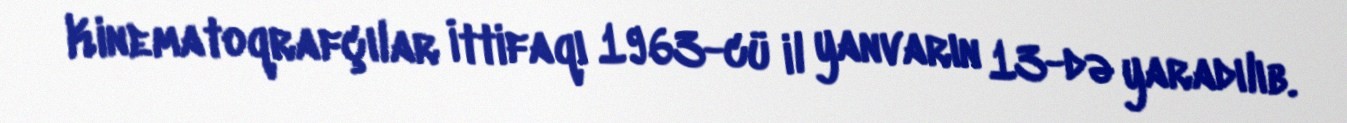
Kinematoqrafçılar İttifaqı 1963-cü il yanvarın 13-də yaradılıb.